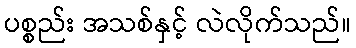
ပစ္စည်း အသစ်နှင့် လဲလိုက်သည်။